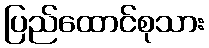
ပြည်ထောင်စုသား